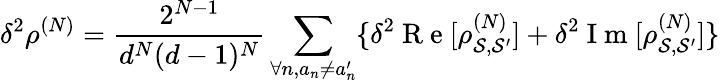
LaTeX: \delta^{2}\rho^{(N)}=\frac{2^{N-1}}{d^{N}(d-1)^{N}}\sum_{\forall n,a_{n}\neq a_{n}^{\prime}}\{ \delta^{2}\mathrm{~R~e~}[\rho_{\mathcal{S},\mathcal{S}^{\prime}}^{(N)}]+\delta^{2}\mathrm{~I~m~}[\rho_{\mathcal{S},\mathcal{S}^{\prime}}^{(N)}]\}